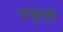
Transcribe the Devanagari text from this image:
मंसुलो